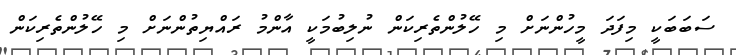
ސަބަބަކީ މިފަދަ މީހުންނަށް މި ހޭލުންތެރިކަން ނުލިބުމަކީ އާންމު ރައްޔިތުންނަށް މި ހޭލުންތެރިކަން